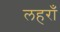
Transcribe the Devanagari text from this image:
लहराँ